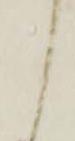
ら